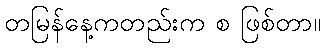
တမြန်နေ့ကတည်းက စ ဖြစ်တာ။